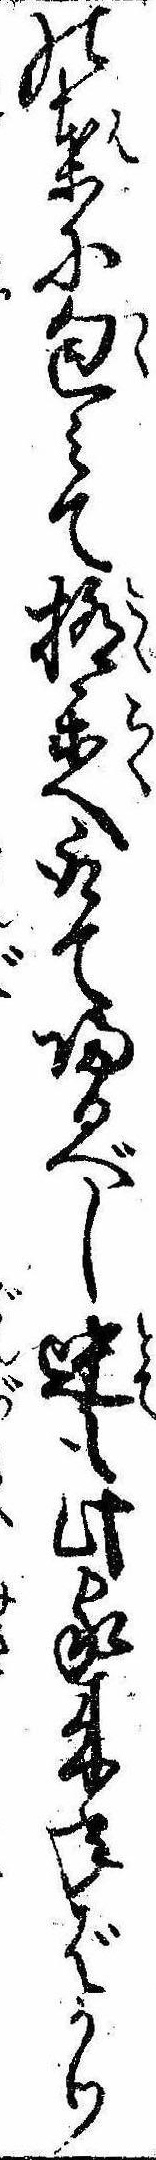
の葉に包みて極楽へ取て帰るべし迚も此家来年ばかり